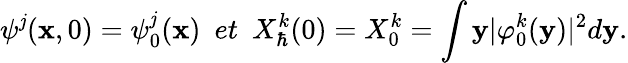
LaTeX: \psi^{\mathit{j}}(\textbf{{x}},0)=\psi_{0}^{\mathit{j}}(\textbf{{x}})~~et~~X_{\hbar}^{k}(0)=X_{0}^{k}=\int\textbf{{y}}\vert\varphi_{0}^{k}(\textbf{{y}})\vert^{2}d\textbf{{y}}.